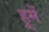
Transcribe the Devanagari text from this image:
हूमें